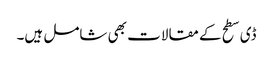
ڈی سطح کے مقالات بھی شامل ہیں۔